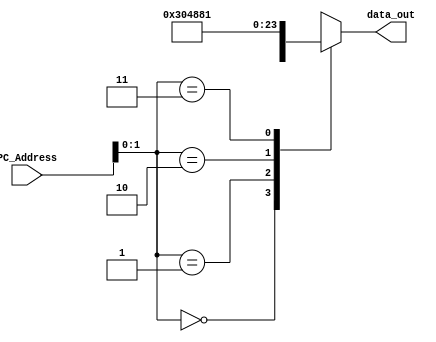
module Instruction_memory(
    input [7:0] PC_Address,
    output [7:0] data_out
    );
    
    reg [7:0] data_out;
    reg [7:0] Instruction_Mem [0:3];// Assuming there are four locations of memory
    
    always @(PC_Address) //Whenever there is a change in this value
       begin
       case(PC_Address)      
      
       
       8'b00000001 :
       // Assuming 001 -> load word , 1 -> s1, 0 -> s0 ,last three bits in the instruction is opcode.
       Instruction_Mem[1] = 8'b00110000;//8'b00000001; // The op code stored in this location is for lw
       
       8'b00000010 :
       // add $s1,$s0,$s1
       Instruction_Mem[2] = 8'b01001000; // The op code stored in this location is for add
       
        8'b00000011 :
       //sw $s0, 0($s1)
       Instruction_Mem[3] = 8'b10000001; // The op code stored in this location is for sw
       
       endcase       
       data_out <= Instruction_Mem[PC_Address];
       end

endmodule